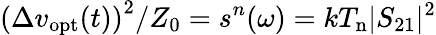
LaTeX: \left(\Delta v_{\mathrm{opt}}(t)\right)^{2}/Z_{0}=s^{n}(\omega)=kT_{\mathrm{n}}|S_{21}|^{2}